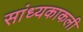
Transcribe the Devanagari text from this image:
सांध्यकाकली